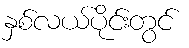
နှစ်လယ်ပိုင်းတွင်